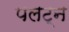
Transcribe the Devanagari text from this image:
पलट्न